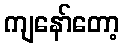
ကျနော်တော့